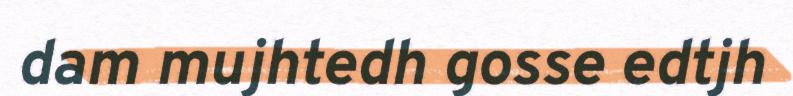
dam mujhtedh gosse edtjh